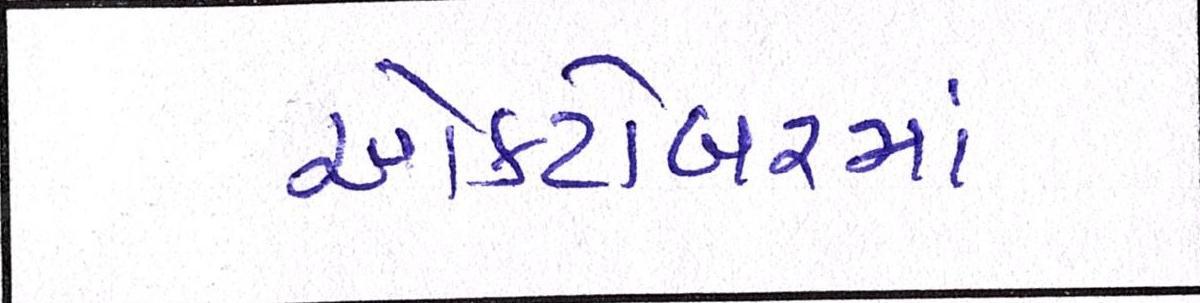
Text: ઓક્ટોબરમાં